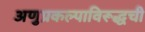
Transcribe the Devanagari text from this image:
अणुप्रकल्पाविरूद्धची